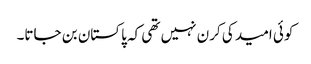
کوئی امید کی کرن نہیں تھی کہ پاکستان بن جاتا۔